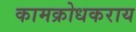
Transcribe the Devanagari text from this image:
कामक्रोधकराय